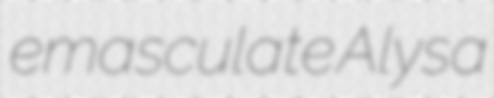
emasculate Alysa